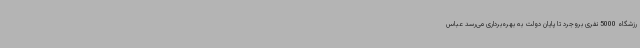
رزشگاه 5000 نفری بروجرد تا پایان دولت به بهره‌برداری می‌رسد عباس